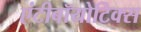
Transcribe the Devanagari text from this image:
एंटीबॉयोटिक्स